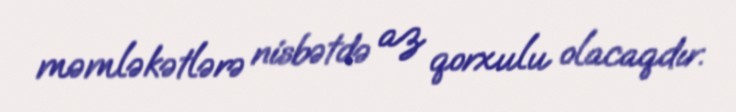
məmləkətlərə nisbətdə az qorxulu olacaqdır.